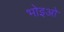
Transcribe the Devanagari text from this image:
भोइओ